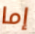
إما